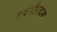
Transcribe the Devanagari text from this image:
एवंगौरवाय